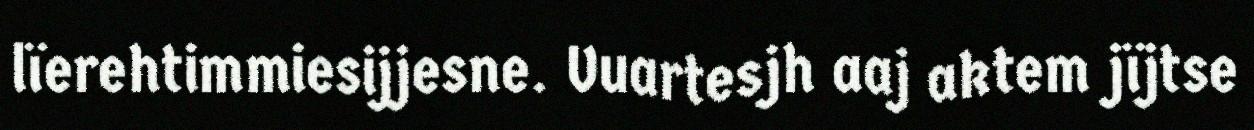
lïerehtimmiesijjesne. Vuartesjh aaj aktem jïjtse